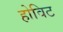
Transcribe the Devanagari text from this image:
होविट